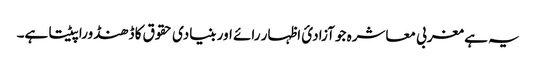
یہ ہے مغربی معاشرہ جو آزادیٔ اظہار رائے اور بنیادی حقوق کا ڈھنڈورا پیٹتا ہے۔